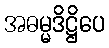
အဓမ္မဒိဋ္ဌိပေ